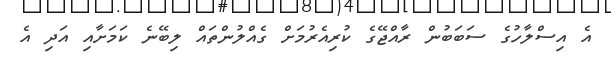
އެ އިސްލާހުގެ ސަބަބުން ރާއްޖޭގެ ކުރިއެރުމަށް ގެއްލުންތައް ލިބޭނެ ކަމަށާއި އަދި އެ